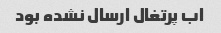
اب پرتغال ارسال نشده بود